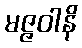
မဇ္ဇဝါနိ